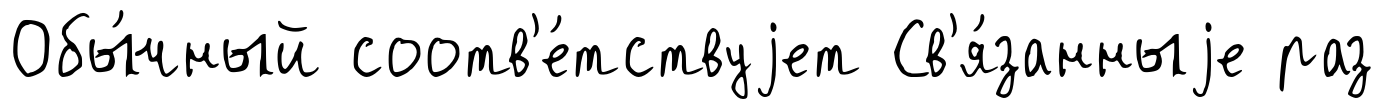
Обы́чный соотв'е́тствуjет Св'я́занныjе раз